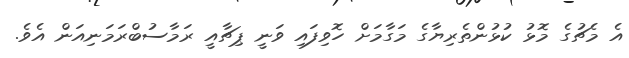
އެ މެޗުގެ މޮޅު ކުޅުންތެރިޔާގެ މަގާމަށް ހޮވިފައި ވަނީ ޕިޗާއީ ރަމާސުބްރަމަނިއަން އެވެ.